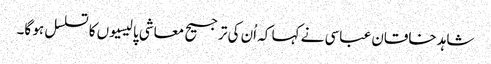
شاہد خاقان عباسی نے کہا کہ اُن کی ترجیح معاشی پالیسیوں کا تسلسل ہو گا۔